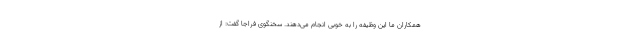
همکاران ما این وظیفه را به خوبی انجام می‌دهند. سخنگوی فراجا گفت: از